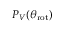
P _ { V } ( \theta _ { \mathrm { r o t } } )